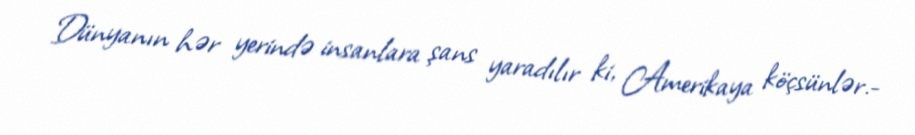
Dünyanın hər yerində insanlara şans yaradılır ki, Amerikaya köçsünlər.-